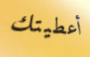
أعطيتك